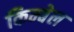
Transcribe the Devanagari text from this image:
किम्बेल